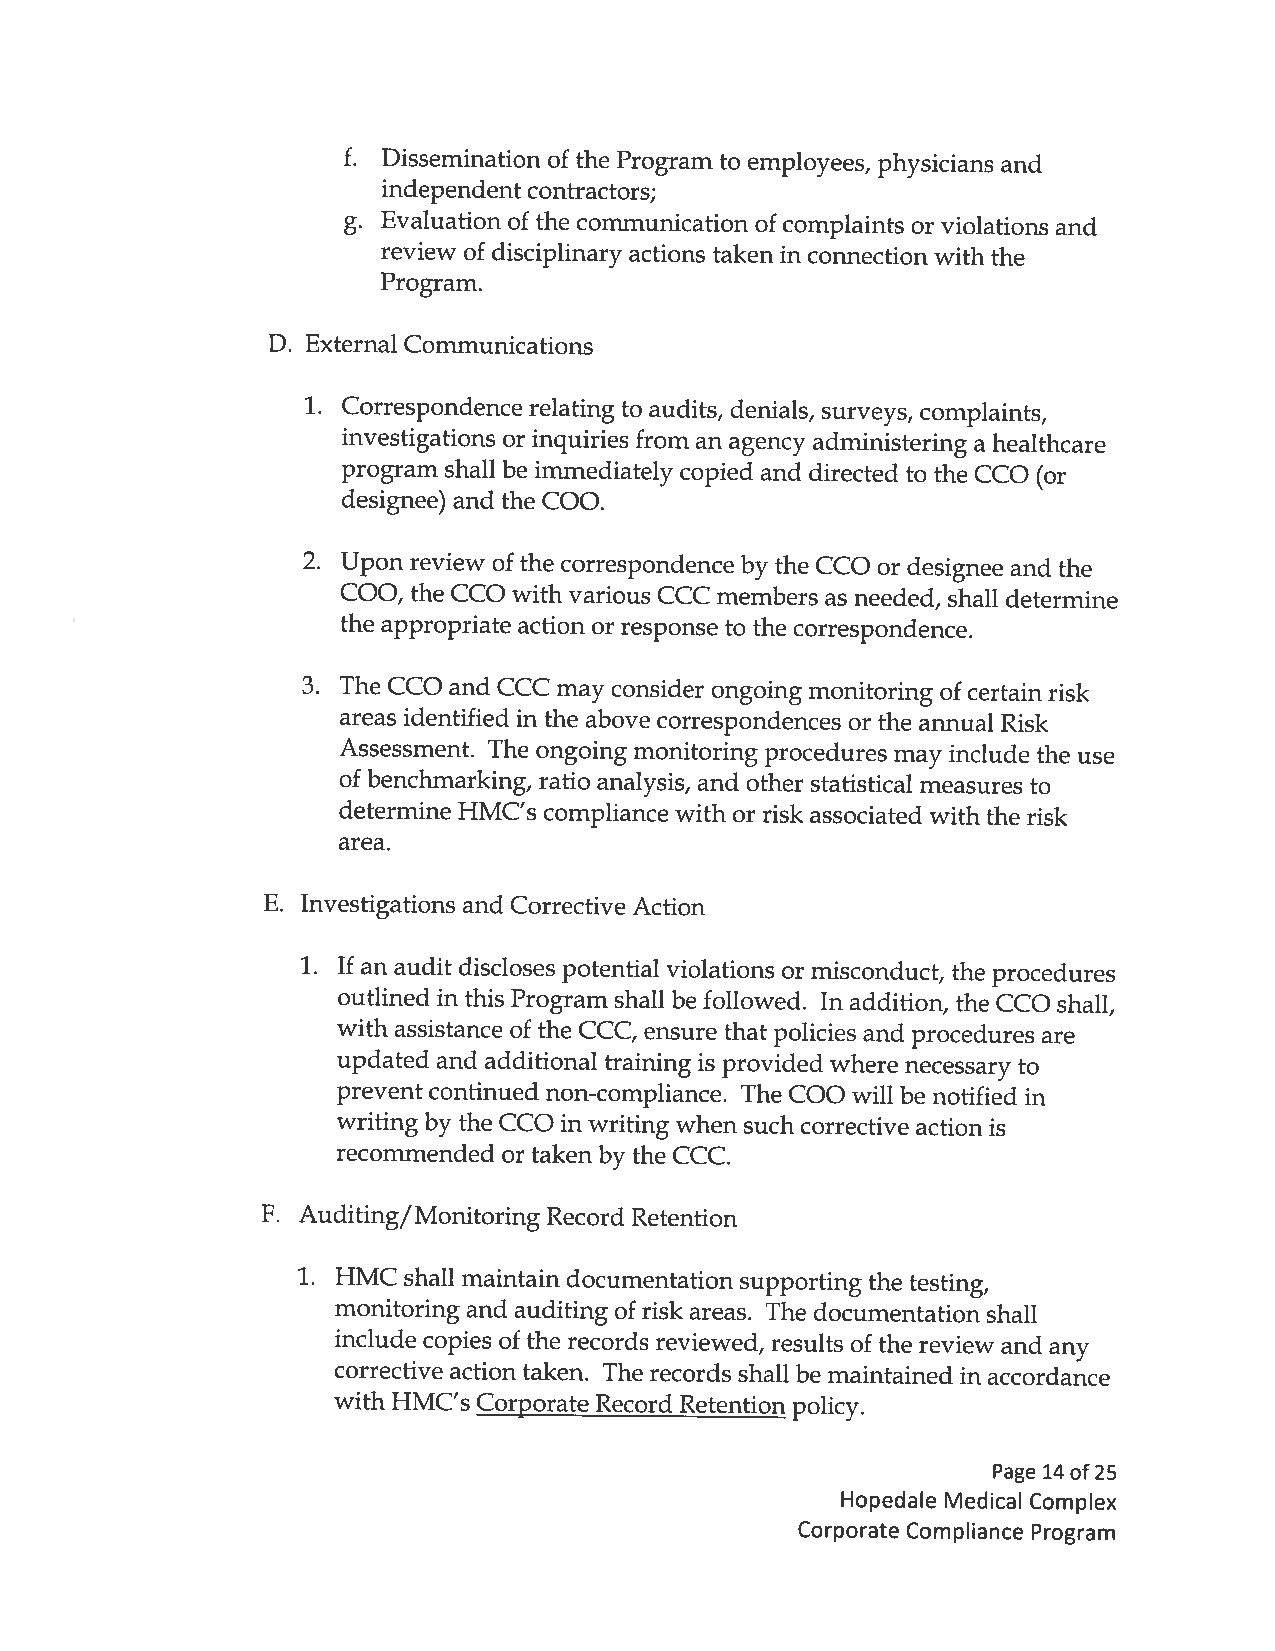
f. Dissemination of the Program to employees, physicians and
 independent contractors;
 g. Evaluation of the communication of complaints or violations and
 review of disciplinary actions taken in connection with the
 Program.
 D. External Communications
 1. Correspondence relating to audits, denials, surveys, complaints,
 investigations or inquiries from an agency administering a healthcare
 program shall be immediately copied and directed to the CCO (or
 designee) and the COO.
 2. Upon review of the correspondence by the CCO or designee and the
 COO, the CCO with various CCC members as needed, shall determine
 the appropriate action or response to the correspondence.
 3. The CCO and CCC may consider ongoing monitoring of certain risk
 areas identified in the above correspondences or the annual Risk
 Assessment. The ongoing monitoring procedures may include the use
 of benchmarking, ratio analysis, and other statistical measures to
 determine HMC’s compliance with or risk associated with the risk
 area.
 B. Investigations and Corrective Action
 1. If an audit discloses potential violations or misconduct, the procedures
 outlined in this Program shall be followed. In addition, the CCO shall,
 with assistance of the CCC, ensure that policies and procedures are
 updated and additional training is provided where necessary to
 prevent continued non-compliance. The COO will be notified in
 writing by the CCO in writing when such corrective action is
 recommended or takenby the CCC.
 F. Auditing/Monitoring Record Retention
 1. HMC shall maintain documentation supporting the testing,
 monitoring and auditing of risk areas. The documentation shall
 include copies of the records reviewed, results of the review and any
 corrective action taken. The records shall be maintained in accordance
 with HMC’s Corporate Record Retention policy.
 Page 14 of25
 Hopedale Medical Complex
 Corporate Compliance Program